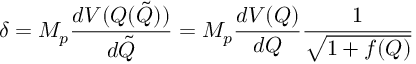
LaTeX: \delta = M _ { p } \frac { d V ( Q ( \tilde { Q } ) ) } { d \tilde { Q } } = M _ { p } \frac { d V ( Q ) } { d Q } \frac { 1 } { \sqrt { 1 + f ( Q ) } }